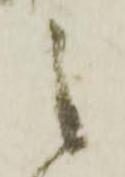
之